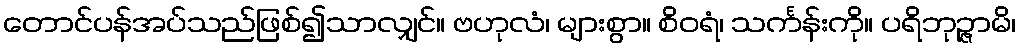
တောင်ပန်အပ်သည်ဖြစ်၍သာလျှင်။ ဗဟုလံ၊ များစွာ။ စိဝရံ၊ သင်္ကန်းကို။ ပရိဘုဉ္ဇာမိ၊